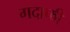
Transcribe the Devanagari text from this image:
गदाफी